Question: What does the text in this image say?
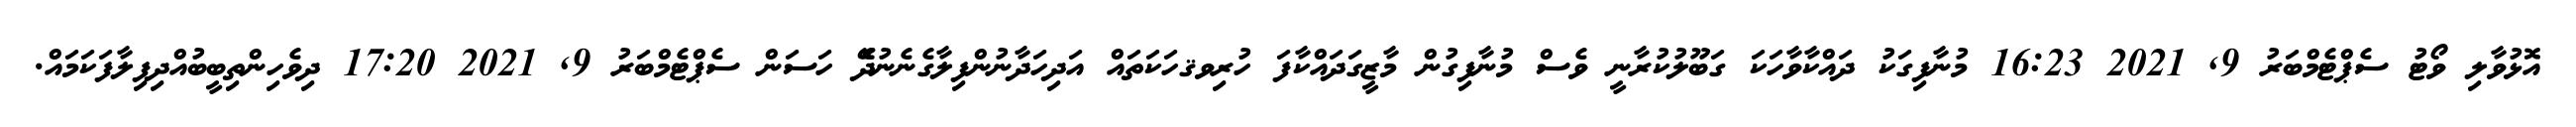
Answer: އޮޅުވާލި ވޯޓު ސެޕްޓެމްބަރު 9, 2021 16:23 މުނާފިގަކު ދައްކާވާހަކަ ގަބޫލުކުރާނީ ވެސް މުނާފިގުން މާޒީގަދައްކާފަ ހުރިވޤހަކަތައް އަދިހަދާނުންފިލާގެނެނުދޭެ ހަސަން ސެޕްޓެމްބަރު 9, 2021 17:20 ދިވެހިންތިބީބުއްދިފިލާފަކަމައް.